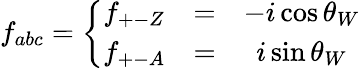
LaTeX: {f}_{abc}=\left\{ \begin{array}{ccc}{{{f}_{+-Z}}}&{{=}}&{{-i\cos\theta_{W}}}\\ {{{f}_{+-A}}}&{{=}}&{{i\sin\theta_{W}}}\end{array}\right.